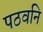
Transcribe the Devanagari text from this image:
पठवनि